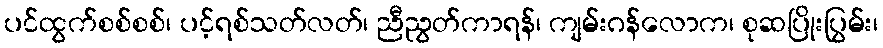
ပင်ထွက်စစ်စစ်၊ ပင့်ရစ်သတ်လတ်၊ ညီညွတ်ကာရန်၊ ကျမ်းဂန်လောက၊ စုဆပြိုးပြွမ်း၊